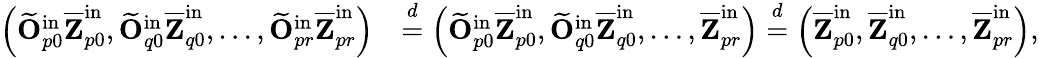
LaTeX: \begin{array}{rl}{\left(\widetilde{\mathbf{O}}_{p0}^{\mathrm{in}}\overline{{\mathbf{Z}}}_{p0}^{\mathrm{in}},\widetilde{\mathbf{O}}_{q0}^{\mathrm{in}}\overline{{\mathbf{Z}}}_{q0}^{\mathrm{in}},\ldots,\widetilde{\mathbf{O}}_{pr}^{\mathrm{in}}\overline{{\mathbf{Z}}}_{pr}^{\mathrm{in}}\right)}&{\stackrel{d}{=}\left(\widetilde{\mathbf{O}}_{p0}^{\mathrm{in}}\overline{{\mathbf{Z}}}_{p0}^{\mathrm{in}},\widetilde{\mathbf{O}}_{q0}^{\mathrm{in}}\overline{{\mathbf{Z}}}_{q0}^{\mathrm{in}},\ldots,\overline{{\mathbf{Z}}}_{pr}^{\mathrm{in}}\right)\stackrel{d}=\left(\overline{{\mathbf{Z}}}_{p0}^{\mathrm{in}},\overline{{\mathbf{Z}}}_{q0}^{\mathrm{in}},\ldots,\overline{{\mathbf{Z}}}_{pr}^{\mathrm{in}}\right),}\end{array}